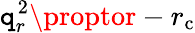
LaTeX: \mathtt{q}_{r}^{2}\proptor-r_{\mathrm{{c}}}